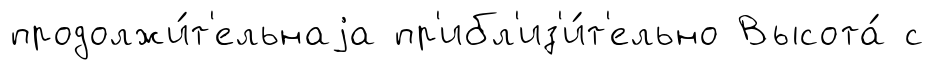
продолжи́т'ельнаjа пр'ибл'из'и́т'ельно Высота́ с